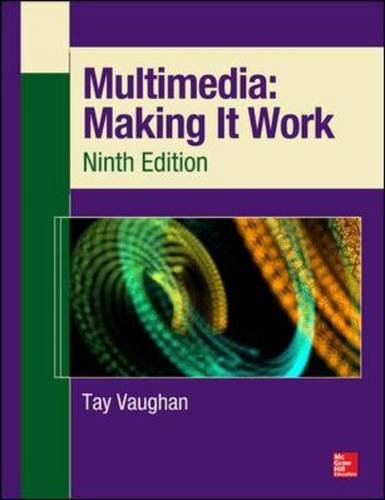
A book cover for Multimedia: Making It Work, Ninth Edition; Tay Vaughan; Computers & Technology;